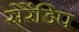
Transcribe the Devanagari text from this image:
सेरेंडिप